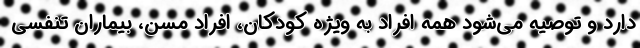
دارد و توصیه می‌شود همه افراد به ویژه کودکان، افراد مسن، بیماران تنفسی